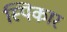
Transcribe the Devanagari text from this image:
स्पिकार